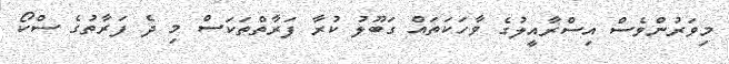
މިވަރުންވެސް އިސްރާއީލުގެ ވާހަކަތައް ގަބޫލު ކުރާ ފަރާތްތަކަސް މި ދެ ފަރާތުގެ ސްކޯ